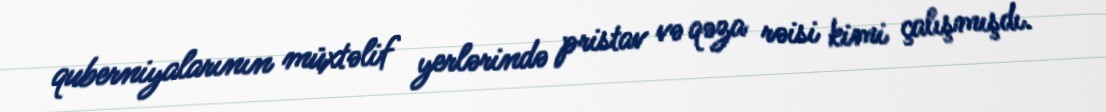
quberniyalarının müxtəlif yerlərində pristav və qəza rəisi kimi çalışmışdı.